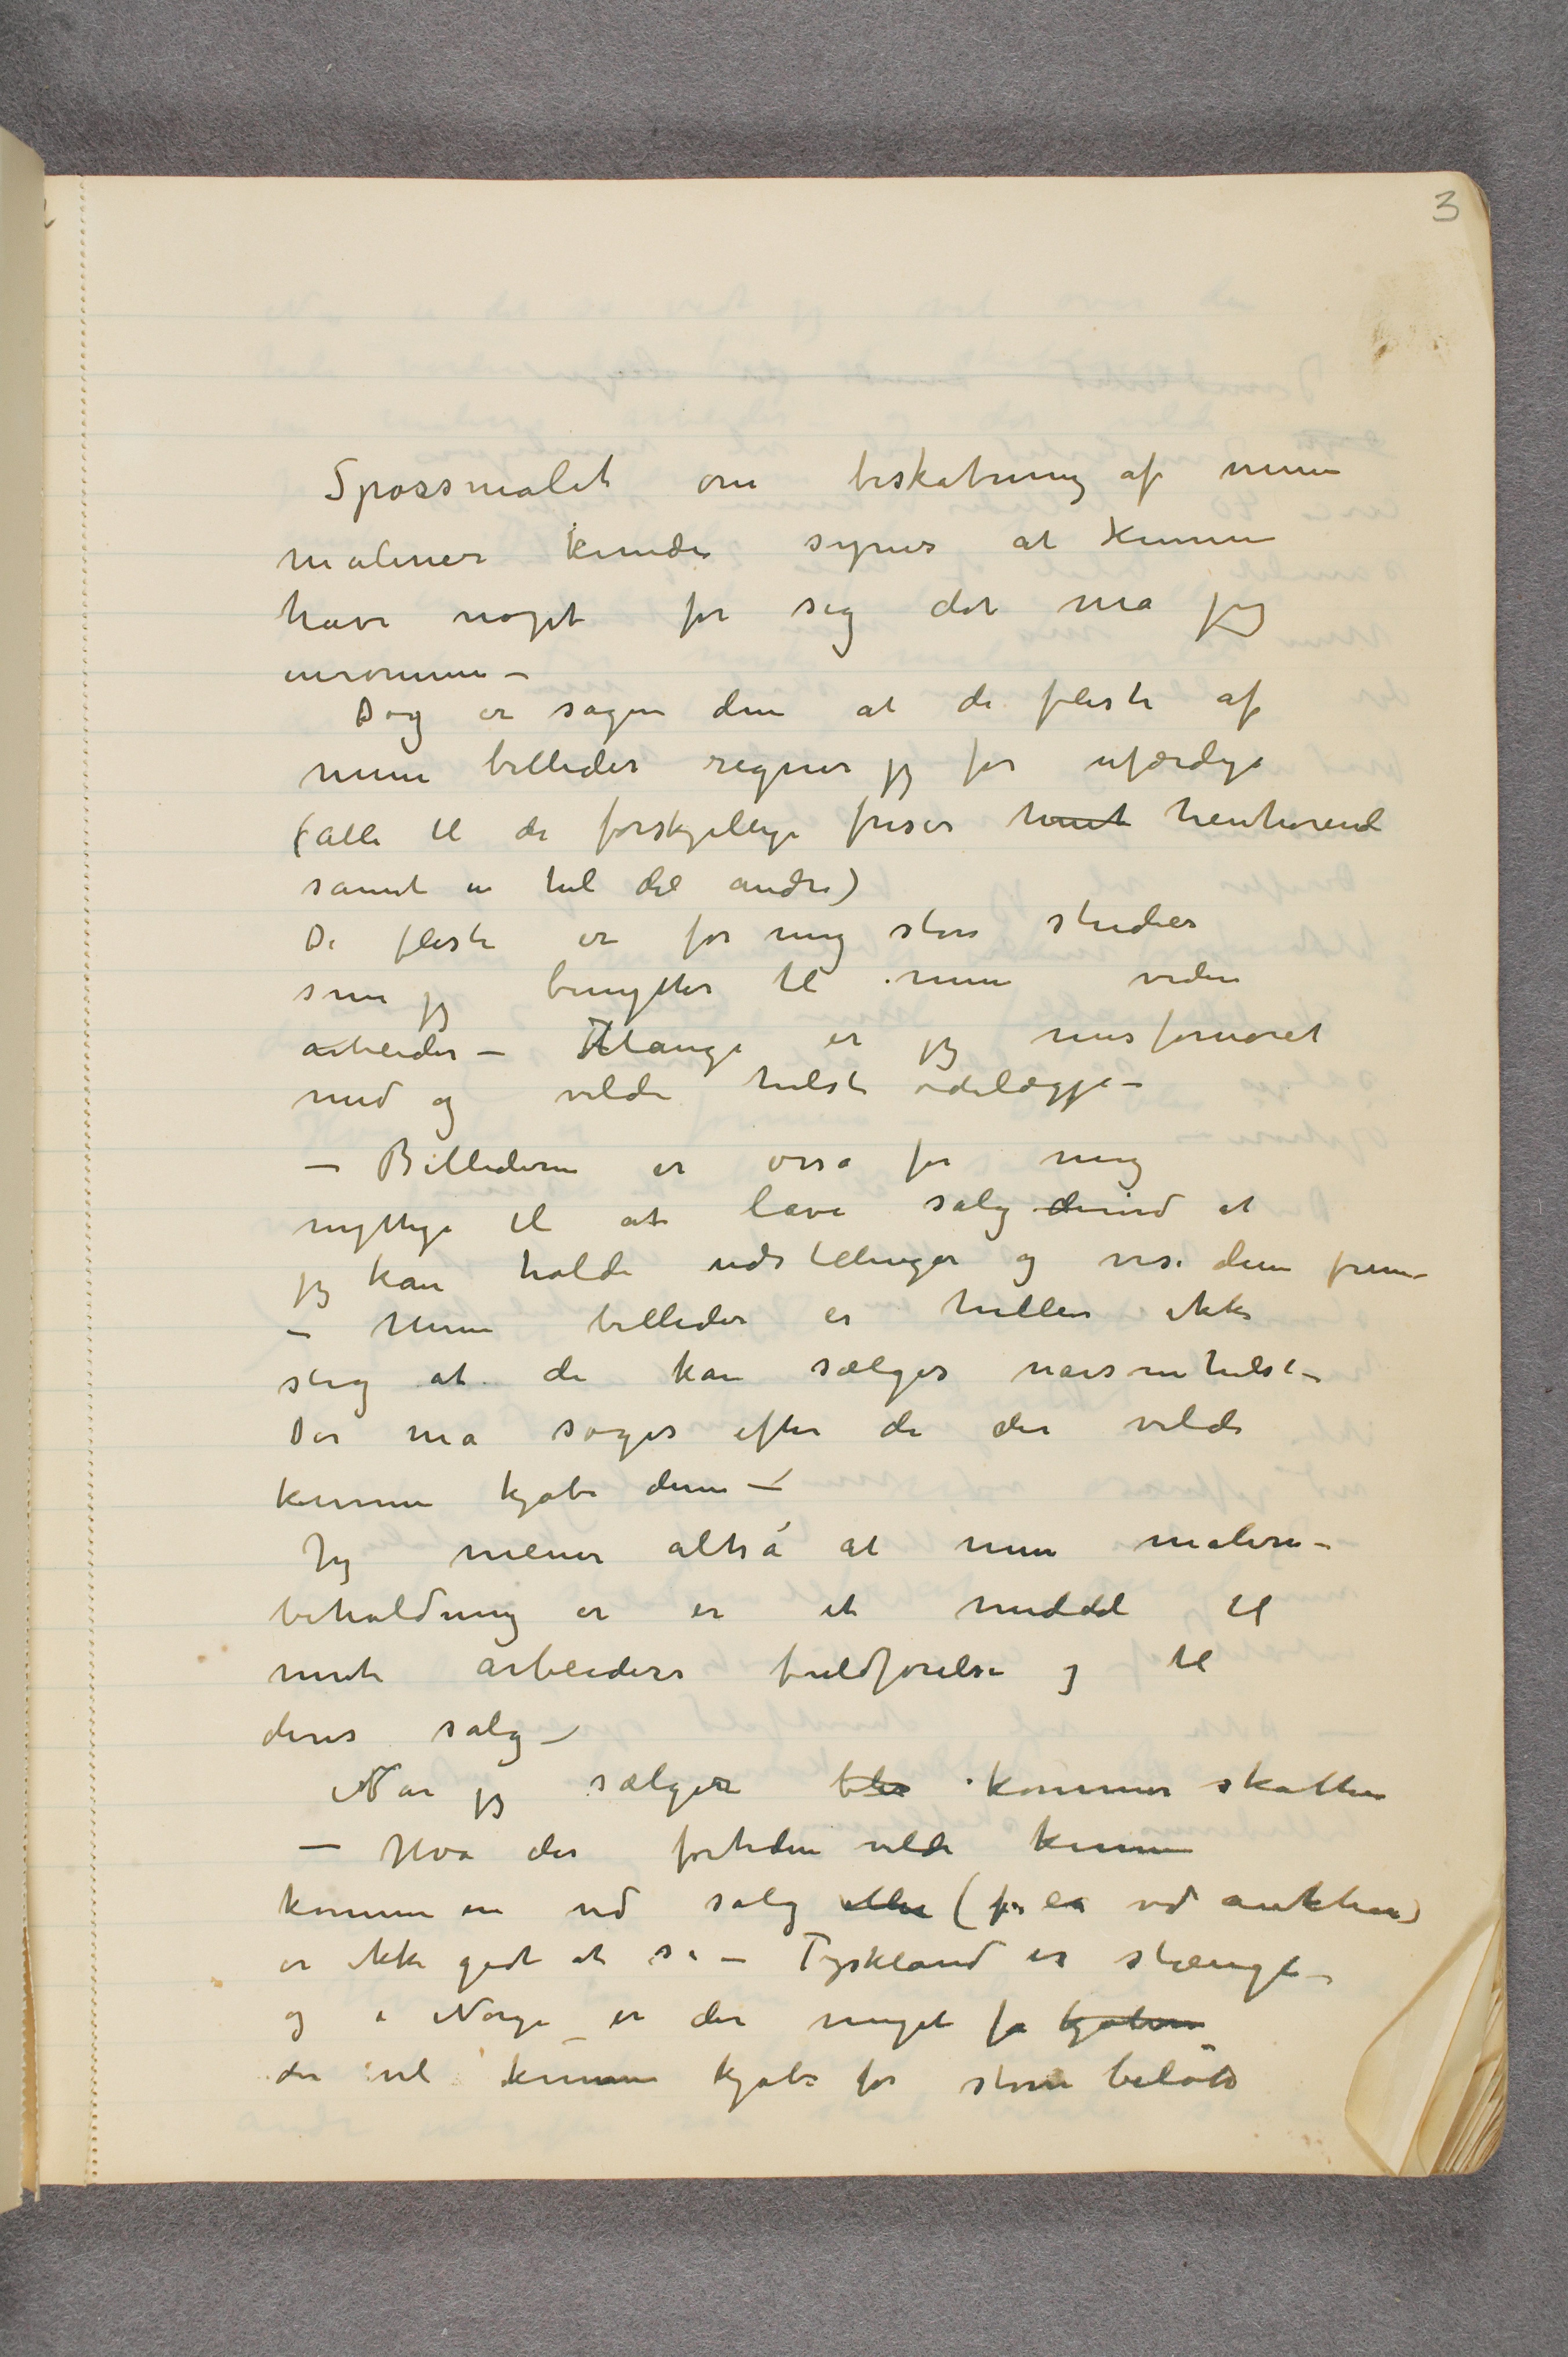
Spørsmålet om beskatning af mine
malerier kunde synes at kunne
have noget for sig det må jeg
inrømme –
Dog er sagen den at de fleste af
mine billeder regner jeg for ufærdige
(Alle til de forskjellige friser henh henhørende
samt en hel del andre)
 De fleste er for mig store studier
som jeg benytter til mine videre
arbeider – Mange er jeg misfornøiet
med og vilde helst ødelægge –
– Billederne er osså for mig
nyttige til at lave salg derved at
jeg kan holde udstillinger og vise dem frem
– Mine billeder er heller ikke
slig at de kan sælges nårsomhelst –
Der må søges efter de der vilde
kunne kjøbe dem –
Jeg mener altså at min maleri-
beholdning er er et middel til
mit arbeiders fuldførelse og til
deres salg –
Når jeg sælger blir kommer skatten
– Hva der fortiden vilde kunne
komme in ved salg eller (f.ex ved auktion)
er ikke godt at si – Tyskland er stængt –
og i Norge er der meget få kjøbere
der vil kunne kjøbe for store beløb